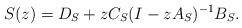
LaTeX: \begin{align*} S(z) = D_{S} + z C_{S}(I - zA_{S})^{-1} B_{S}. \end{align*}